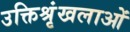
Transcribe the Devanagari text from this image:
उक्तिश्रृंखलाओं